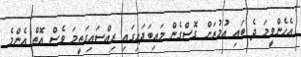
އެހެންވީމަ ދެ ބައި އުމުރަށް ގޮސްގެން މައިބަދައިގައި ރިއްސައިގަތީމަ ވެސް އޮތް އެންމެ